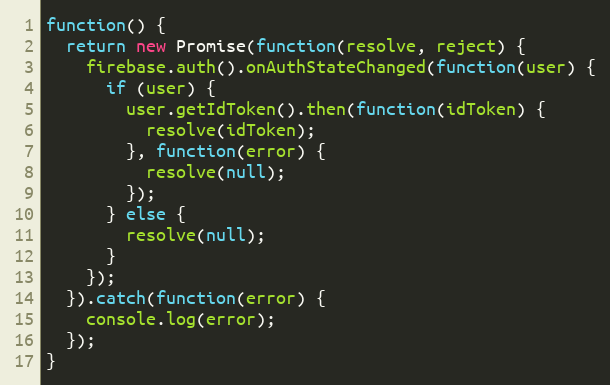
Language: JavaScript
function() {
  return new Promise(function(resolve, reject) {
    firebase.auth().onAuthStateChanged(function(user) {
      if (user) {
        user.getIdToken().then(function(idToken) {
          resolve(idToken);
        }, function(error) {
          resolve(null);
        });
      } else {
        resolve(null);
      }
    });
  }).catch(function(error) {
    console.log(error);
  });
}